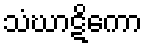
သံဃာဋိကော